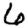
Digit: 6